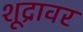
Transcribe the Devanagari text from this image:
शूद्रावर